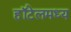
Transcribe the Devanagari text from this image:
हॉटेलमध्य